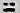
=